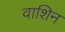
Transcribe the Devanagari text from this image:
वाशिन